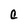
Character: e